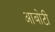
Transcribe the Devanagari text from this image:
आबोटी